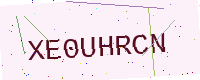
Text: XE0UHRCN